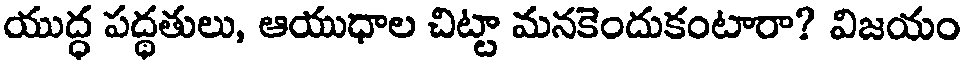
యుద్ధ పద్ధతులు, ఆయుధాల చిట్టా మనకెందుకంటారా? విజయం